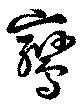
鸞